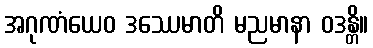
အဂုဏံယေဝ ဒဿေမာတိ မညမာနာ ဝဒန္တိ။